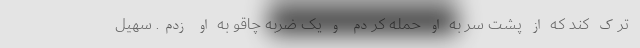
ترک کند که از پشت سر به او حمله کردم و یک ضربه چاقو به او زدم. سهیل